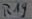
Text: R19